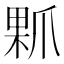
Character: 𤔖